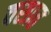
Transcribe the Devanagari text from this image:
वसात